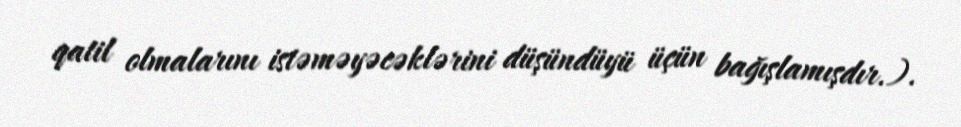
qatil olmalarını istəməyəcəklərini düşündüyü üçün bağışlamışdır.).